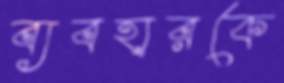
ব্যবহারকে